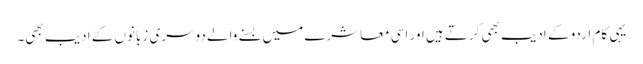
یہی کام اردو کے ادیب بھی کرتے ہیں اور اسی معاشرے میں بسنے والے دوسری زبانوں کے ادیب بھی۔